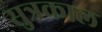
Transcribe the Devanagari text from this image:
सुत्रकाल